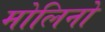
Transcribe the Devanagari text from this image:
मोलिनो